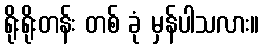
ရိုးရိုးတန်း တစ် ခုံ မှန်ပါသလား။